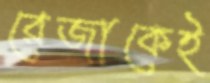
রেজাকেই